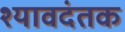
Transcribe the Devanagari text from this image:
श्यावदंतक